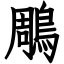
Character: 鵰